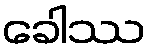
ခေါဿ